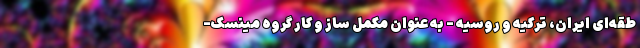
طقه‌ای ایران، ترکیه و روسیه - به عنوان مکمل ساز و کار گروه مینسک-